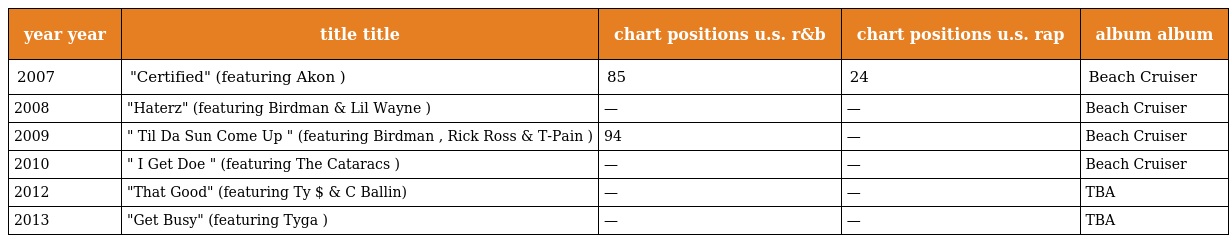
| year year | title title | chart positions u.s. r&b | chart positions u.s. rap | album album |
 | --- | --- | --- | --- | --- |
 | 2007 | "Certified" (featuring Akon ) | 85 | 24 | Beach Cruiser |
 | 2008 | "Haterz" (featuring Birdman & Lil Wayne ) | — | — | Beach Cruiser |
 | 2009 | " Til Da Sun Come Up " (featuring Birdman , Rick Ross & T-Pain ) | 94 | — | Beach Cruiser |
 | 2010 | " I Get Doe " (featuring The Cataracs ) | — | — | Beach Cruiser |
 | 2012 | "That Good" (featuring Ty $ & C Ballin) | — | — | TBA |
 | 2013 | "Get Busy" (featuring Tyga ) | — | — | TBA |